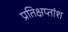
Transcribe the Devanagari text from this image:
प्रतिक्षप्तांश